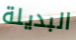
البديلة